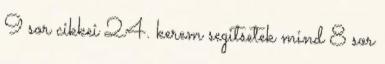
9 sor cikkei 24. kerem segitsetek mind 8 sor